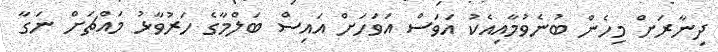
ދިނާރަށް މިހެން ބުނެވުމާއިއެކު އަވަސް އަވަހަށް އައިސް ބަލްމާގެ ހަރުވާޅު މައްޗަށް ނަގާ